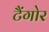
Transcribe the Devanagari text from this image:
टैंगोर